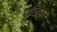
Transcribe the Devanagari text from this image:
एलिफ